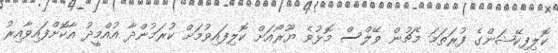
ކޮލިފިކޭޝަންގެ ފުރަތަމަ މެޗުން ވޭލްސް މޮޅުވެ ޔޫރޯއަށް ކޮލިފައިވުމަށް ކުރަމުންދާ އުއްމީދު އާކޮށްފައިވާއިރު